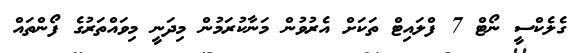
ގެލެކްސީ ނޯޓް 7 ފްލައިޓް ތަކަށް އެރުވުން މަނާކުރަމުން މިދަނީ މިވައްތަރުގެ ފޯންތައް